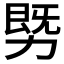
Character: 𰅓